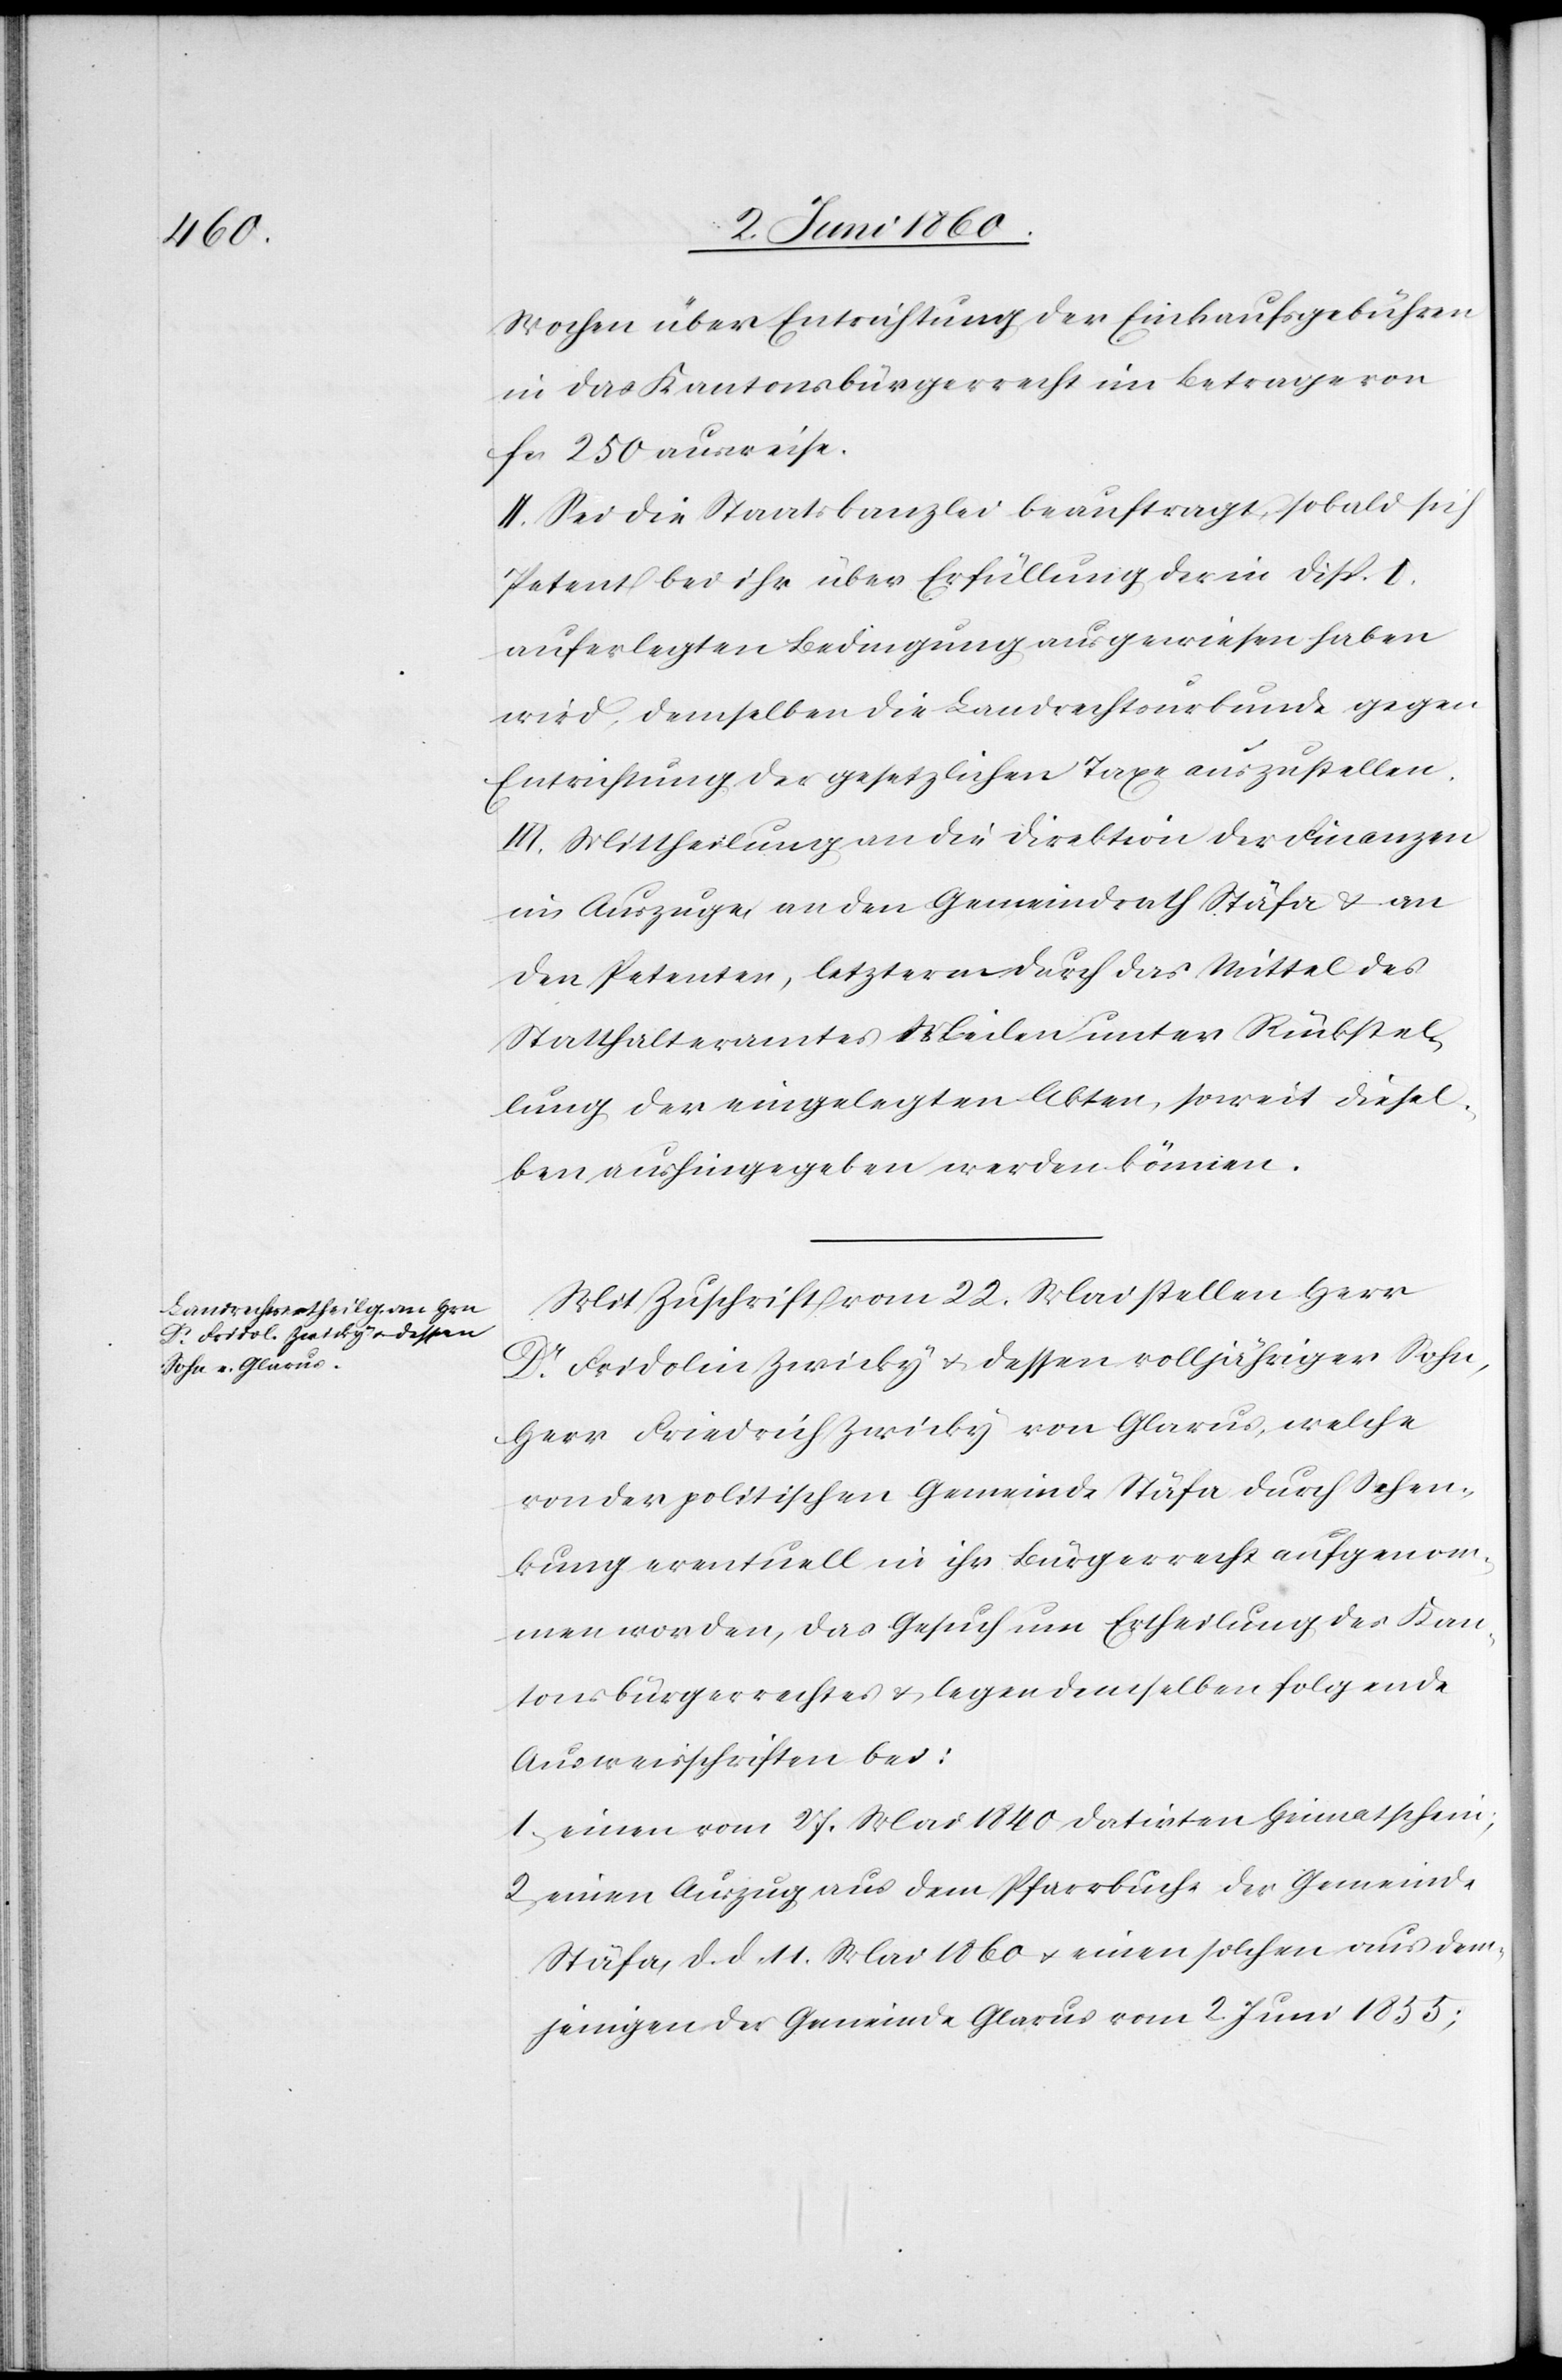
Wochen über Entrichtung der Einkaufsgebühren
in das Kantonsbürgerrecht im Betrage von
fcs. 250 ausweise.
II. Sei die Staatskanzlei beauftragt, sobald sich
Petent bei ihr über Erfüllung der in Disp. I.
auferlegten Bedingung ausgewiesen haben
wird, demselben die Landrechtsurkunde gegen
Entrichtung der gesetzlichen Taxe auszustellen.
III. Mittheilung an die Direktion der Finanzen
im Auszuge, an den Gemeindrath Stäfa u. an
den Petenten, letzterm durch das Mittel des
Statthalteramtes Meilen unter Rückstel¬
lung der eingelegten Akten, soweit diesel¬
ben aushingegeben werden können.
Mit Zuschrift vom 22. Mai stellen Herr
Dr Fridolin Zwicky u. dessen volljähriger Sohn,
Herr Friedrich Zwicky von Glarus, welche
von der polischen Gemeinde Stäfa durch Schen¬
kung eventuell in ihr Bürgerrecht aufgenom¬
men worden, das Gesuch um Ertheilung des Kan¬
tonsbürgerrechtes u. legen demselben folgende
Ausweisschriften bei:
1) einen vom 27. Mai 1840 datirten Heimatschein;
2) einen Auszug aus dem Pfarrbuche der Gemeinde
Stäfa, d. d. 11. Mai 1860 u. einen solchen aus dem¬
jenigen der Gemeinde Glarus vom 2. Juni 1855;